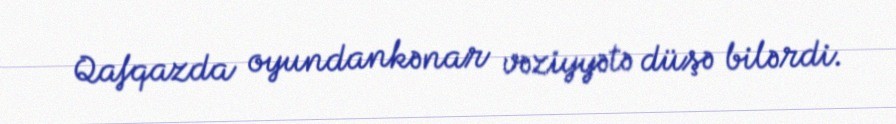
Qafqazda oyundankənar vəziyyətə düşə bilərdi.